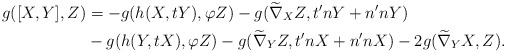
\begin{align*}g([X,Y], Z) &=-g(h(X,tY), \varphi Z)-g(\widetilde\nabla_{X}Z, t'nY+n'nY) \\ & -g(h(Y,tX), \varphi Z)-g(\widetilde\nabla_{Y}Z, t'nX+n'nX)-2g(\widetilde\nabla_{Y}X, Z).\end{align*}